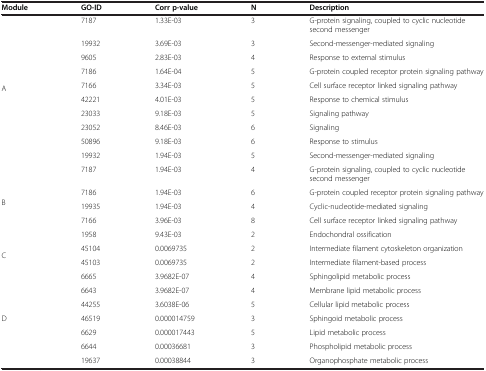
<table><thead><tr><td><b>Module</b></td><td><b>GO-ID</b></td><td><b>Corr p-value</b></td><td><b>N</b></td><td><b>Description</b></td></tr></thead><tbody><tr><td rowspan="10">A</td><td>7187</td><td>1.33E-03</td><td>3</td><td>G-protein signaling, coupled to cyclic nucleotide second messenger</td></tr><tr><td>19932</td><td>3.69E-03</td><td>3</td><td>Second-messenger-mediated signaling</td></tr><tr><td>9605</td><td>2.83E-03</td><td>4</td><td>Response to external stimulus</td></tr><tr><td>7186</td><td>1.64E-04</td><td>5</td><td>G-protein coupled receptor protein signaling pathway</td></tr><tr><td>7166</td><td>3.34E-03</td><td>5</td><td>Cell surface receptor linked signaling pathway</td></tr><tr><td>42221</td><td>4.01E-03</td><td>5</td><td>Response to chemical stimulus</td></tr><tr><td>23033</td><td>9.18E-03</td><td>5</td><td>Signaling pathway</td></tr><tr><td>23052</td><td>8.46E-03</td><td>6</td><td>Signaling</td></tr><tr><td>50896</td><td>9.18E-03</td><td>6</td><td>Response to stimulus</td></tr><tr><td>19932</td><td>1.94E-03</td><td>5</td><td>Second-messenger-mediated signaling</td></tr><tr><td rowspan="5">B</td><td>7187</td><td>1.94E-03</td><td>4</td><td>G-protein signaling, coupled to cyclic nucleotide second messenger</td></tr><tr><td>7186</td><td>1.94E-03</td><td>6</td><td>G-protein coupled receptor protein signaling pathway</td></tr><tr><td>19935</td><td>1.94E-03</td><td>4</td><td>Cyclic-nucleotide-mediated signaling</td></tr><tr><td>7166</td><td>3.96E-03</td><td>8</td><td>Cell surface receptor linked signaling pathway</td></tr><tr><td>1958</td><td>9.43E-03</td><td>2</td><td>Endochondral ossification</td></tr><tr><td rowspan="2">C</td><td>45104</td><td>0.0069735</td><td>2</td><td>Intermediate filament cytoskeleton organization</td></tr><tr><td>45103</td><td>0.0069735</td><td>2</td><td>Intermediate filament-based process</td></tr><tr><td rowspan="7">D</td><td>6665</td><td>3.9682E-07</td><td>4</td><td>Sphingolipid metabolic process</td></tr><tr><td>6643</td><td>3.9682E-07</td><td>4</td><td>Membrane lipid metabolic process</td></tr><tr><td>44255</td><td>3.6038E-06</td><td>5</td><td>Cellular lipid metabolic process</td></tr><tr><td>46519</td><td>0.000014759</td><td>3</td><td>Sphingoid metabolic process</td></tr><tr><td>6629</td><td>0.000017443</td><td>5</td><td>Lipid metabolic process</td></tr><tr><td>6644</td><td>0.00036681</td><td>3</td><td>Phospholipid metabolic process</td></tr><tr><td>19637</td><td>0.00038844</td><td>3</td><td>Organophosphate metabolic process</td></tr></tbody></table>